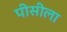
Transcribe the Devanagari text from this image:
पीसीला